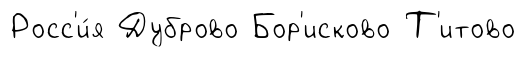
Росс'и́я Дуброво Бор'исково Т'итово